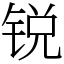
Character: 锐